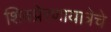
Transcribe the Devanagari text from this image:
शिवप्रेरणायात्रेचे